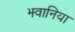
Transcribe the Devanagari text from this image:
झ्वानिया